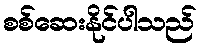
စစ်ဆေးနိုင်ပါသည်